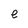
Character: e